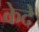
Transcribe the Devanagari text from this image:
केदे